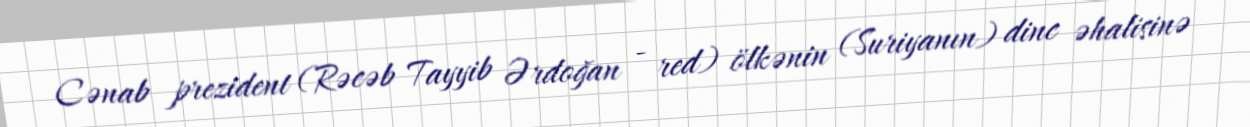
Cənab prezident (Rəcəb Tayyib Ərdoğan - red) ölkənin (Suriyanın) dinc əhalisinə